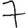
Digit: 7